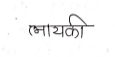
मजकूर: लायकी